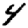
Digit: 4